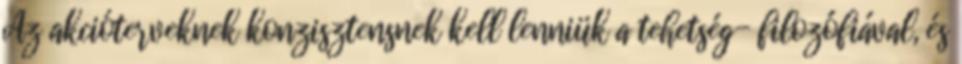
Az akcióterveknek konzisztensnek kell lenniük a tehetség- filozófiával, és